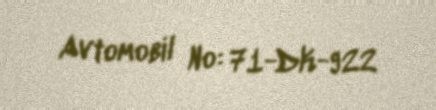
Avtomobil №: 71-DK-922